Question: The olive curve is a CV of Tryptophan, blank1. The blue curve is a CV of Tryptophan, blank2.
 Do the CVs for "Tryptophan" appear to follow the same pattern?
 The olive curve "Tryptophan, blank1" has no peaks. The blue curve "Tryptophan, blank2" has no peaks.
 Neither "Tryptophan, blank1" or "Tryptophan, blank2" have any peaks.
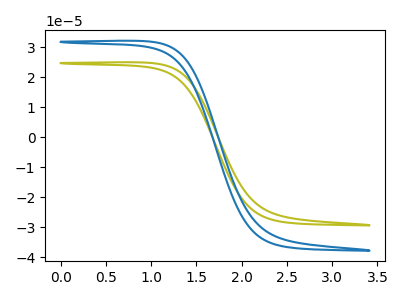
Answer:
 <answer>All the CV's of "Tryptophan" have similar shape.</answer>
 <eval>follow_rule</eval>